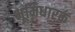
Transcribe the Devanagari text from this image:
भूमिधारक